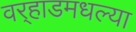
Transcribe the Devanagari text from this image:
वर्‍हाडमधल्या